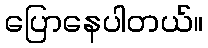
ပြောနေပါတယ်။